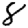
Digit: 8